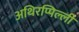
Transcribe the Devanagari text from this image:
अथिरप्पिल्ली